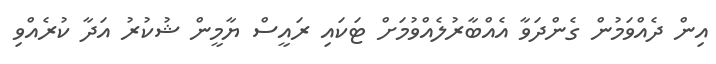
އިން ދެއްވަމުން ގެންދަވާ އެއްބާރުލެއްވުމަށް ޓަކައި ރައީސް ޔާމީން ޝުކުރު އަދާ ކުރެއްވި